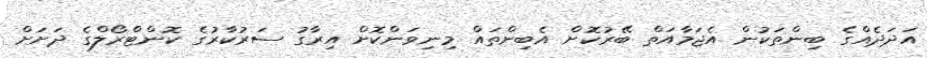
އަދަދެއްގެ ބިންތަކުން އެޖަމާއަތް ބޭރުކޮށް އެބިންތައް މިނިވަންކޮށް އިރާގު ސަރުކާރުގެ ކޮންޓްރޯލްގެ ދަށަށް